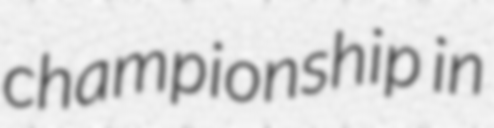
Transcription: championship in